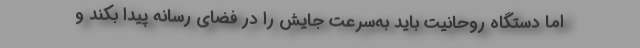
اما دستگاه روحانیت باید به‌سرعت جایش را در فضای رسانه پیدا بکند و